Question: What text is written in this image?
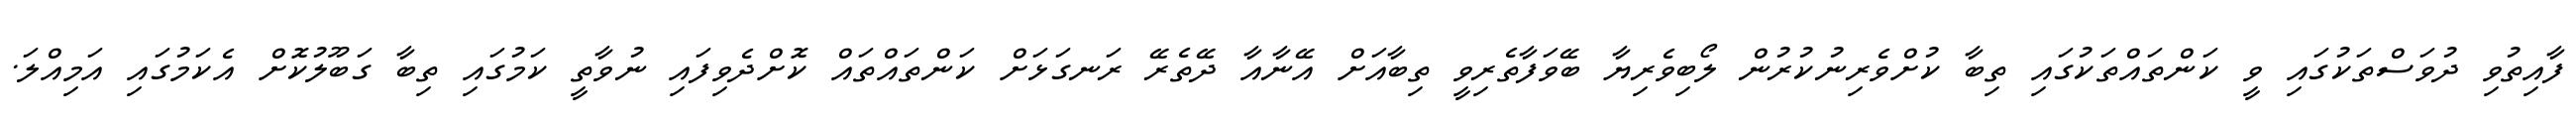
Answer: ފާއިތުވި ދުވަސްތަކުގައި ވީ ކަންތައްތަކުގައި ތިބާ ކުށްވެރިނުކުރުން ލޯބިވެރިޔާ ބޭވަފާތެރިވީ ތިބާއަށް އޭނާއާ ދޭތެރޭ ރަނގަޅަށް ކަންތައްތައް ކޮށްދެވިފައި ނުވާތީ ކަމުގައި ތިބާ ގަބޫލުކޮށް އެކަމުގައި އަމިއްލަ.